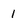
Character: 1